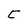
Character: C